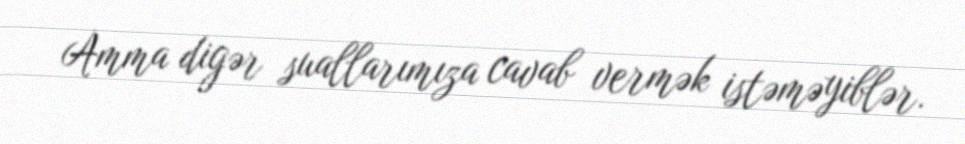
Amma digər suallarımıza cavab vermək istəməyiblər.